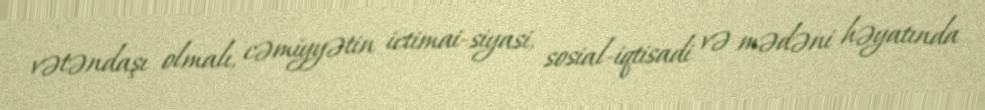
vətəndaşı olmalı, cəmiyyətin ictimai-siyasi, sosial-iqtisadi və mədəni həyatında